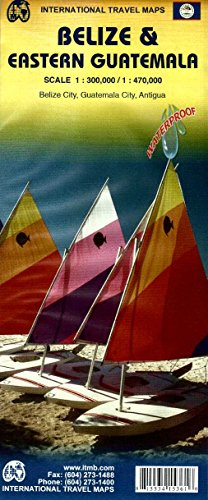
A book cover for Belize & Eastern Guatemala 1:300K/470K; Itmb Publishing LTD; Travel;